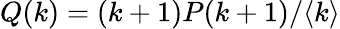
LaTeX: Q(k)=(k+1)P(k+1)/\langle k\rangle